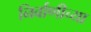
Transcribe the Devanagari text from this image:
निर्वाणीच्या